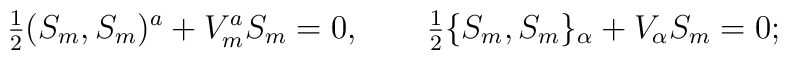
\hbox{$\frac{1}{2}$} (S_m, S_m)^a + V_m^a S_m = 0,\qquad\hbox{$\frac{1}{2}$} \{ S_m, S_m \}_\alpha + V_\alpha S_m = 0;